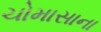
ચોમાસાના